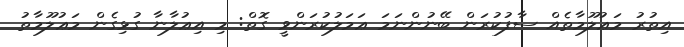
އިތުރު މަޢުލޫމާތެއް ސާފުކުރަން ބޭނުންނަމަ ޢަމަލުކުރަންވީ ގޮތް: މި އިޢުލާނާ ގުޅިގެން މަޢުލޫމާތު